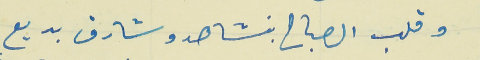
وقلب الصباح بنشاهد وشارق بديع